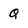
Character: q